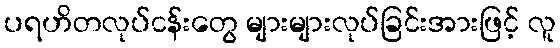
ပရဟိတလုပ်ငန်းတွေ များများလုပ်ခြင်းအားဖြင့် လူ